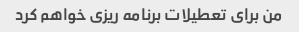
من برای تعطیلات برنامه ریزی خواهم کرد